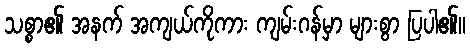
သစ္စာ၏ အနက် အကျယ်ကိုကား ကျမ်းဂန်မှာ များစွာ ပြပါ၏။